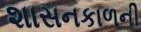
શાસનકાળની